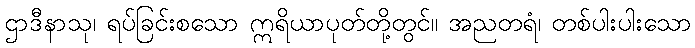
ဌာဒီနာသု၊ ရပ်ခြင်းစသော ဣရိယာပုတ်တို့တွင်။ အညတရံ၊ တစ်ပါးပါးသော